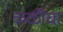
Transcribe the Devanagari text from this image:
कळींचा